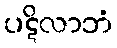
ပဋိလာဘံ